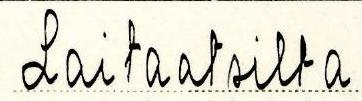
Laitaatsilta